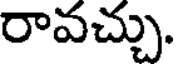
రావచ్చు.